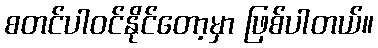
စတင်ပါဝင်နိုင်တော့မှာ ဖြစ်ပါတယ်။